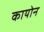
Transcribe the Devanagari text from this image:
कायोन